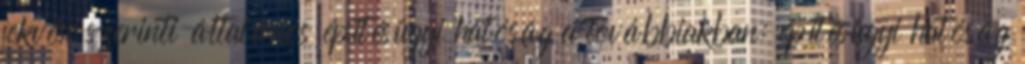
fekvése szerinti általános építésügyi hatóság a továbbiakban: építésügyi hatóság